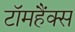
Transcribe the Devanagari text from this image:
टॉमहैंक्स